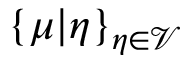
\{ \mu | \eta \} _ { \eta \in \mathcal { V } }